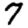
Digit: 7